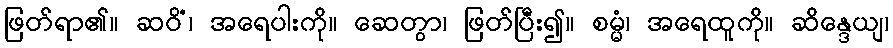
ဖြတ်ရာ၏။ ဆဝိံ၊ အရေပါးကို။ ဆေတွာ၊ ဖြတ်ပြီး၍။ စမ္မံ၊ အရေထူကို။ ဆိန္ဒေယျ၊